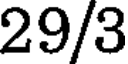
29/3